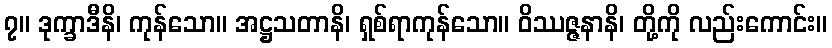
၇။ ဒုက္ခာဒီနိ၊ ကုန်သော။ အဋ္ဌသတာနိ၊ ရှစ်ရာကုန်သော။ ဝိဿဇ္ဇနာနိ၊ တို့ကို လည်းကောင်း။